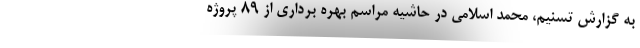
به گزارش تسنیم، محمد اسلامی در حاشیه مراسم بهره برداری از 89 پروژه